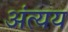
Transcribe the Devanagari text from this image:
अंत्यय